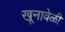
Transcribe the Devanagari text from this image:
खूनावेळी